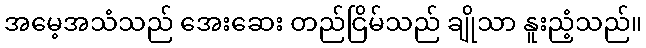
အမေ့အသံသည် အေးဆေး တည်ငြိမ်သည် ချိုသာ နူးညံ့သည်။